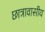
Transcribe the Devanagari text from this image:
छात्रावासीय